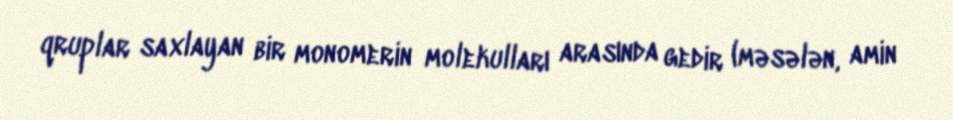
qruplar saxlayan bir monomerin molekulları arasında gedir (məsələn, amin